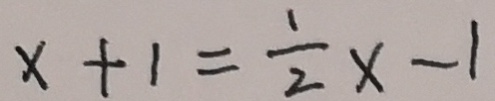
x + 1 = \frac { 1 } { 2 } x - 1